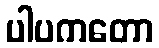
ပါပကတော